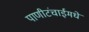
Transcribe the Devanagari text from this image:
पाणीटंचाईमधे